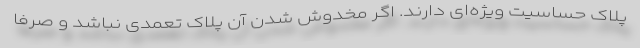
پلاک حساسیت ویژه‌ای دارند. اگر مخدوش شدن آن پلاک تعمدی نباشد و صرفا